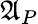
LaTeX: {\mathfrak{A}}_{P}